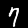
Digit: 7